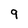
Character: 9